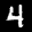
Label: 4